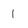
Character: l